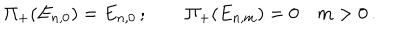
LaTeX: \Pi _ { + } ( E _ { n , 0 } ) = E _ { n , 0 } \, ; \qquad \Pi _ { + } ( E _ { n , m } ) = 0 \quad m > 0 \, .